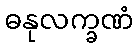
ဓနုလက္ခဏံ